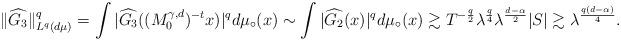
LaTeX: \begin{align*}\|{\widehat{G_{3}}}\|_{L^{q}(d \mu)}^q= \int |\widehat{G_{3}}((M^{\gamma,d}_{0})^{-t}x)|^{q} d\mu_\circ(x) \sim \int |\widehat{G_{2}}(x)|^{q} d\mu_\circ(x) \gtrsim T^{-\frac{q}{2}}\lambda^{\frac{q}{4}} \lambda^{\frac{d-\alpha}{2 }}|S| \gtrsim \lambda^{\frac{q(d-\alpha)}{4}}.\end{align*}